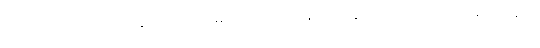
အချောင်တတ်လာလိမ့်မယ်လို့ မင်း မမျှော်လင့်လေနဲ့၊ မင်းသွားသင်မယ့် ဘာသာရပ်တွေက